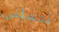
تحملني